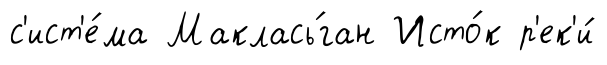
с'ист'е́ма Маклась́ган Исто́к р'ек'и́